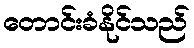
တောင်းခံနိုင်သည်